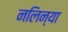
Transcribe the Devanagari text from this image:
नलिन्या